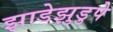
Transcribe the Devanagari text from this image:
झाडेझुडुपे